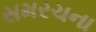
સમરચના